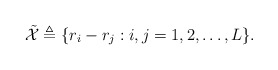
\begin{align*} \tilde{{\mathcal{X}}} \triangleq \{r_i-r_j: i, j = 1,2,\ldots,L\}. \end{align*}